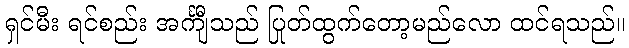
ရှင်မီး ရင်စည်း အင်္ကျီသည် ပြုတ်ထွက်တော့မည်လော ထင်ရသည်။